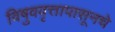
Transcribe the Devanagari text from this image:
विषुववृत्तापासूनचे